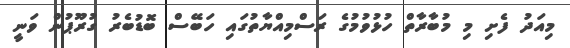
މިއަދު ފެށި މި މުބާރާތް ހުޅުވުމުގެ ރަސްމިއްޔާތުގައި ހަބޭސް ބޮޑުބެރު ގުރޫޕުން ވަނީ